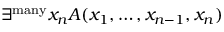
\exists ^ { \mathrm { m a n y } } x _ { n } A ( x _ { 1 } , \ldots , x _ { n - 1 } , x _ { n } )